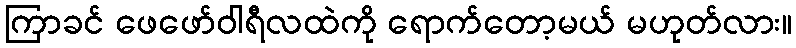
ကြာခင် ဖေဖော်ဝါရီလထဲကို ရောက်တော့မယ် မဟုတ်လား။